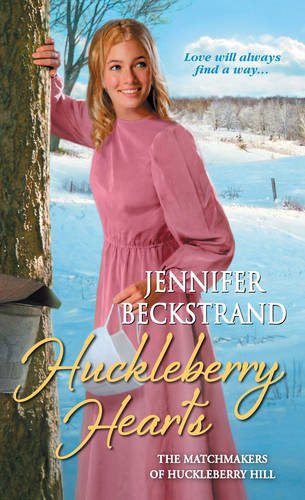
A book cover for Huckleberry Hearts (The Matchmakers of Huckleberry Hill); Jennifer Beckstrand; Romance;